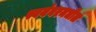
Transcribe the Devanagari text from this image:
स्वयंवरमधील